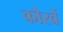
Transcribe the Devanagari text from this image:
कौरवें